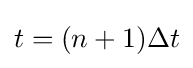
t=(n+1)\Delta t